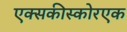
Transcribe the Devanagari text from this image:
एक्सकीस्कोरएक